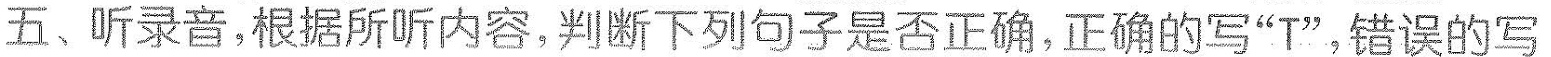
五、听录音,根据所听内容,判断下列句子是否正确,正确的写“T”,错误的写